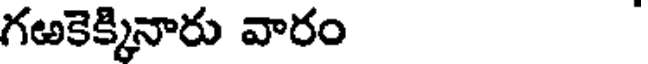
గఱకెక్కినారు వారం